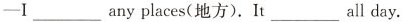
——I ___ any places(地方).It ___ all day.